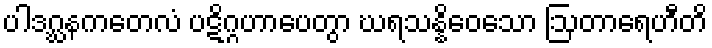
ပါဒဂ္ဃနကတေလံ ပဋိဂ္ဂဟာပေတွာ ဃရသန္နိဝေသော ဩတာရေဟီတိ